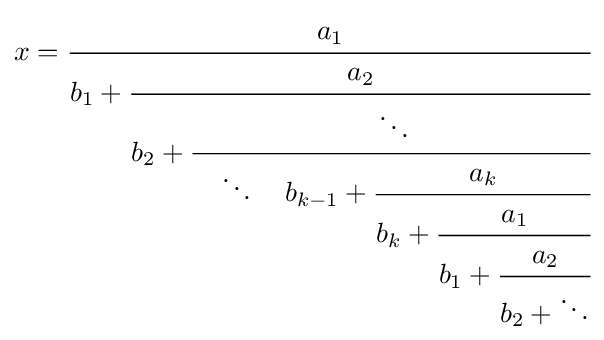
x={\cfrac {a_{1}}{b_{1}+{\cfrac {a_{2}}{b_{2}+{\cfrac {\ddots }{\quad \ddots \quad b_{k-1}+{\cfrac {a_{k}}{b_{k}+{\cfrac {a_{1}}{b_{1}+{\cfrac {a_{2}}{b_{2}+\ddots }}}}}}}}}}}}